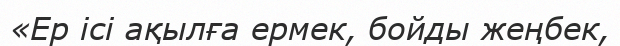
«Ер ісі ақылға ермек, бойды жеңбек,